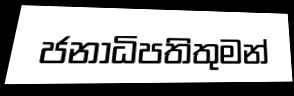
ජනාධිපතිතුමන්